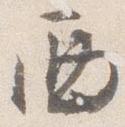
西